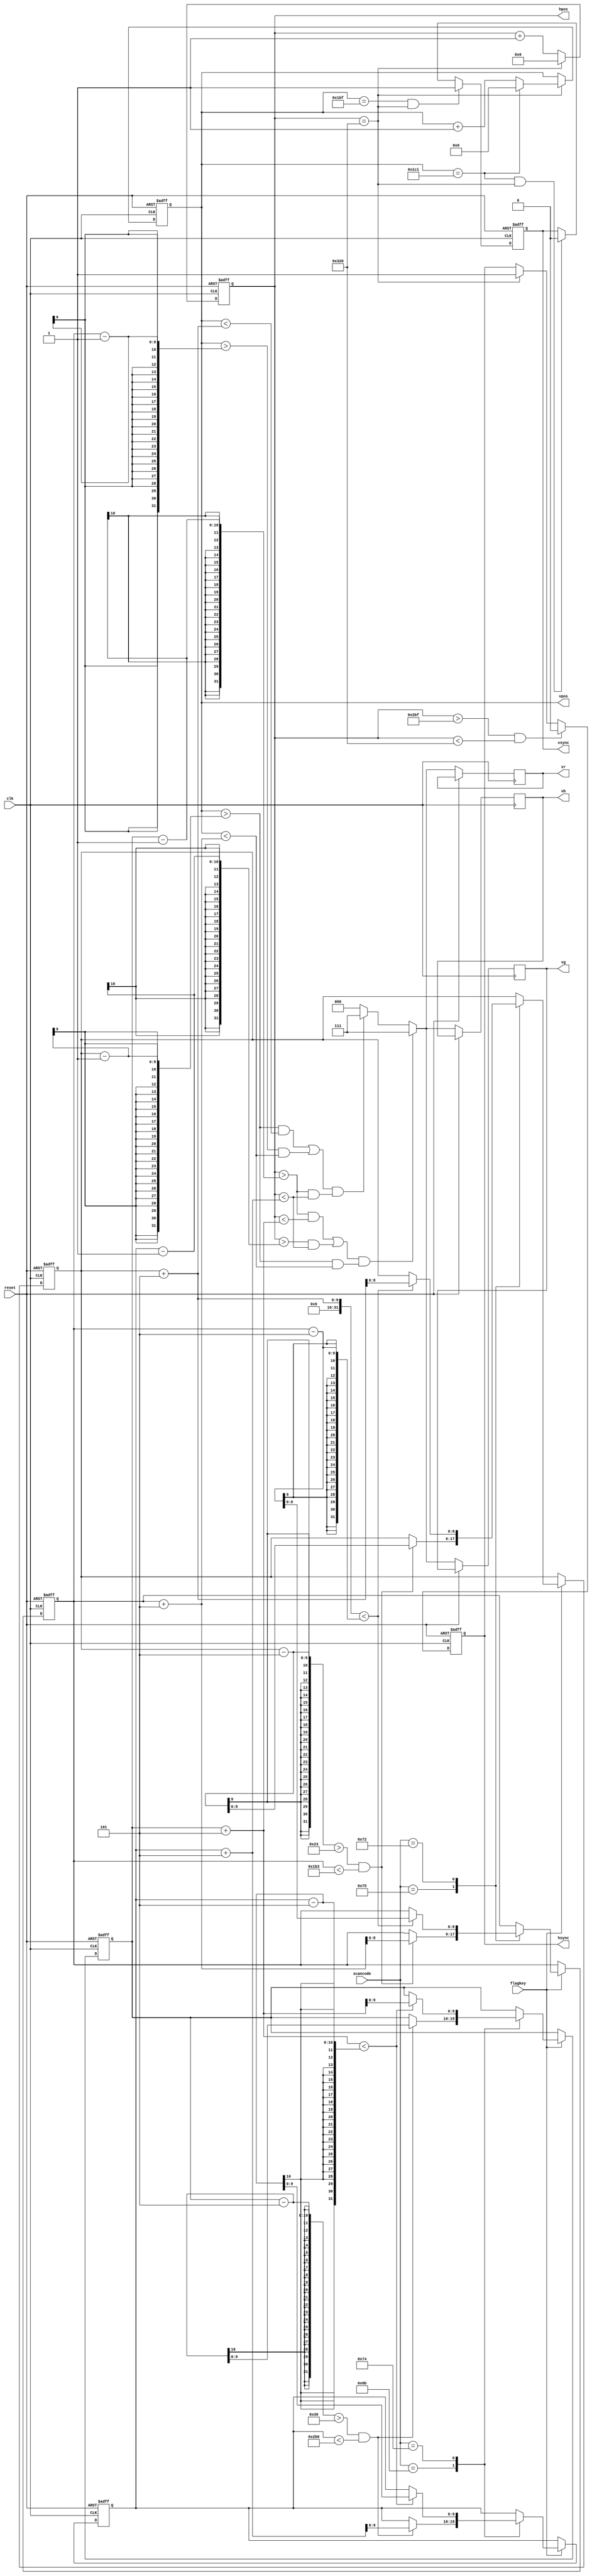
module vgasync(clk, reset, scancode, flagkey, hsync, vsync, vr, vg, vb, hpos, vpos);
input clk, reset, flagkey;
input [7:0] scancode;
output hsync, vsync;
output [2:0] vr, vg, vb;
output [9:0] hpos;
output [8:0] vpos;

reg [2:0] vr, vg, vb;
reg hsync, vsync;
reg [9:0] hpos, leftl, rightl;
reg [8:0] vpos, topl, bottoml;

parameter HorizontalFrontPorch = 16;
parameter HSYNCPulse = 96;
parameter HorizontalBackPorch = 48;
parameter VisiblePixels = 640;
parameter TotalPixels = 800;

parameter VerticalFrontPorch = 12;
parameter VSYNCPulse = 2;
parameter VerticalBackPorch = 35;
parameter VisibleRows = 400;
parameter TotalRows = 449;

parameter TopLine = 223;
parameter BottomLine = 238;
parameter LeftLine = 352;
parameter RightLine = 377;


always @(posedge clk or posedge reset) 
begin
	if (reset)
	begin
		topl <= TopLine;
		bottoml <= BottomLine;
		leftl <= LeftLine;
		rightl <= RightLine;
		hsync <= 1;
		vsync <= 0;
		hpos<=0;
		vpos<=0;
	end
	else
	begin
		if (flagkey == 1)
		begin
			case (scancode)
			8'h75: //press up
			begin
				if ((topl - 5 > VerticalBackPorch) && (bottoml < VerticalBackPorch + VisibleRows)) //vertical porches restrictions
				begin
					topl <= topl - 5;
					bottoml <= bottoml + 5;
				end
			end
			8'h72: //press down
			begin
				if (topl + 5 < bottoml - 5) //minimum size restrictions
				begin
					topl <= topl + 5;
					bottoml <= bottoml - 5;
				end
			end
			8'h6b: //press left
			begin
				if ((leftl - 5 > HorizontalBackPorch) && (rightl < HorizontalBackPorch + VisiblePixels)) //horizontal porches restrictions
				begin
					leftl <= leftl - 5;
					rightl <= rightl + 5;
				end
			end
			8'h74: //press right
			begin
				if (leftl + 5 < rightl - 5) //minimum size restrictions
				begin
					leftl <= leftl + 5;
					rightl <= rightl - 5;
				end
			end
			endcase
		end
		if (hpos == TotalPixels)
		begin
			hpos<=0;
			if (vpos == TotalRows)
				vpos<=0;
			else
				vpos<=vpos + 1;
		end
		else
			hpos<=hpos + 1;
		if (((hpos > leftl - 1 && hpos < leftl + 5) || (hpos > rightl - 1 && hpos < rightl + 5)) && ((vpos > topl - 1) && (vpos < bottoml + 5)))
		begin
			vr<=7;
			vg<=7;
			vb<=7;
		end
		else if (((vpos > topl - 1 && vpos < topl + 5) || (vpos > bottoml - 1 && vpos < bottoml + 5)) && ((hpos > leftl - 1) && (hpos < rightl + 5)))
		begin
			vr<=7;
			vg<=7;
			vb<=7;
		end
		else
		begin
			vr<=0;
			vg<=0;
			vb<=0;
		end
		if ((hpos > HorizontalBackPorch + VisiblePixels + HorizontalFrontPorch - 1) && (hpos < TotalPixels))
		hsync <= 0;
		else if (hpos == TotalPixels)
		hsync <= 1;

		if ((vpos == VerticalBackPorch + VisibleRows + VerticalFrontPorch) && (hpos == TotalPixels))
		vsync <= 1;
		else if ((vpos == TotalRows) && (hpos == TotalPixels))
		vsync <= 0;
	end
end
endmodule